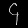
Digit: ၄